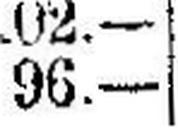
96.—